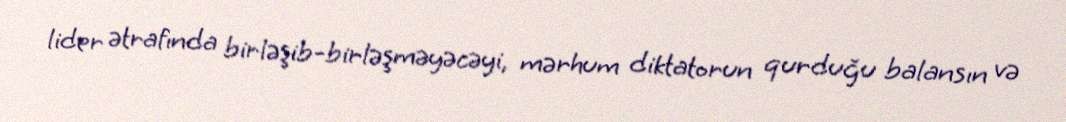
lider ətrafında birləşib-birləşməyəcəyi, mərhum diktatorun qurduğu balansın və